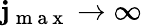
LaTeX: \mathbf{j}_{\mathrm{{~m~a~x~}}}\to\infty